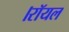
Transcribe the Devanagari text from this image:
।रॉयल